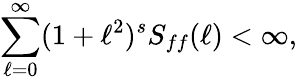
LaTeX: \sum_{\ell=0}^{\infty}(1+\ell^{2})^{s}S_{ff}(\ell)<\infty,